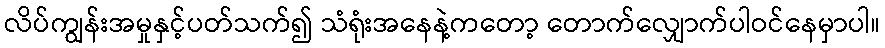
လိပ်ကျွန်းအမှုနှင့်ပတ်သက်၍ သံရုံးအနေနဲ့ကတော့ တောက်လျှောက်ပါဝင်နေမှာပါ။